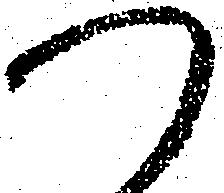
つ